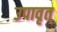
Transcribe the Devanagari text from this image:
उपावृत्